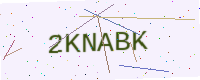
Text: 2KNABK